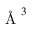
\mathrm { ~ \AA ~ } ^ { 3 }